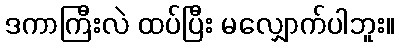
ဒကာကြီးလဲ ထပ်ပြီး မလျှောက်ပါဘူး။